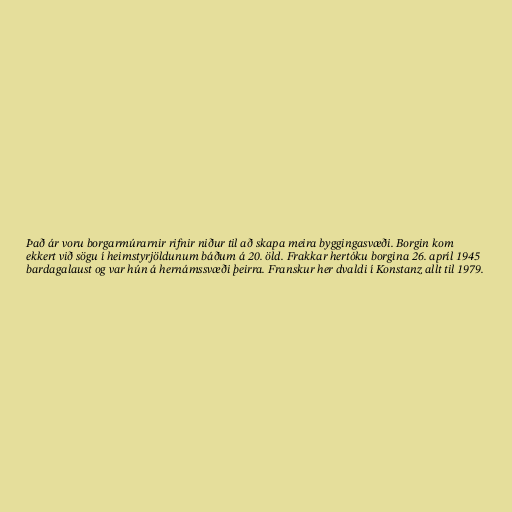
Það ár voru borgarmúrarnir rifnir niður til að skapa meira byggingasvæði. Borgin kom
ekkert við sögu í heimstyrjöldunum báðum á 20. öld. Frakkar hertóku borgina 26. apríl 1945
bardagalaust og var hún á hernámssvæði þeirra. Franskur her dvaldi í Konstanz allt til 1979.